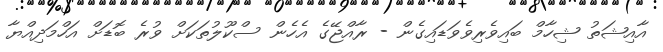
އާއިޝަތު ޝިހާމް ބައިވެރިވެވަޑައިގެން - ރާއްޖޭގެ އެހެން ސްކޫލުތަކަށް ވުރެ ބޮޑަށް އަހްމަދިއްޔާ